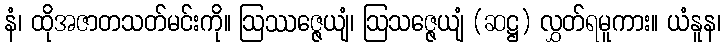
နံ၊ ထိုအဇာတသတ်မင်းကို။ ဩဿဇ္ဇေယျံ၊ ဩသဇ္ဇေယျံ (ဆဋ္ဌ) လွှတ်ရမူကား။ ယံနူန၊